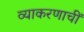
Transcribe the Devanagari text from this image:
व्याकरणाचीं